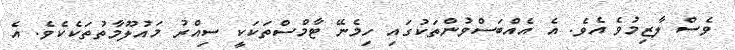
ވެސް ލާޒިމުވެ އެވެ. އެ އެއްބަސްވުންތަކުގައި ހިމެނޭ ޓާމްސްތަކަކީ ސިއްރު މައުލޫމާތުތަކެކެވެ. އެ